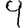
Digit: 9